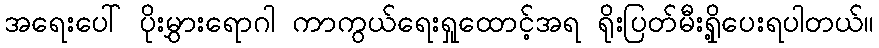
အရေးပေါ် ပိုးမွှားရောဂါ ကာကွယ်ရေးရှုထောင့်အရ ရိုးပြတ်မီးရှို့ပေးရပါတယ်။